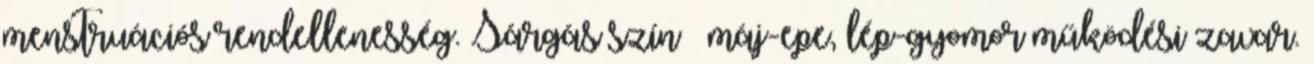
menstruációs rendellenesség. Sárgás szín – máj-epe, lép-gyomor működési zavar.